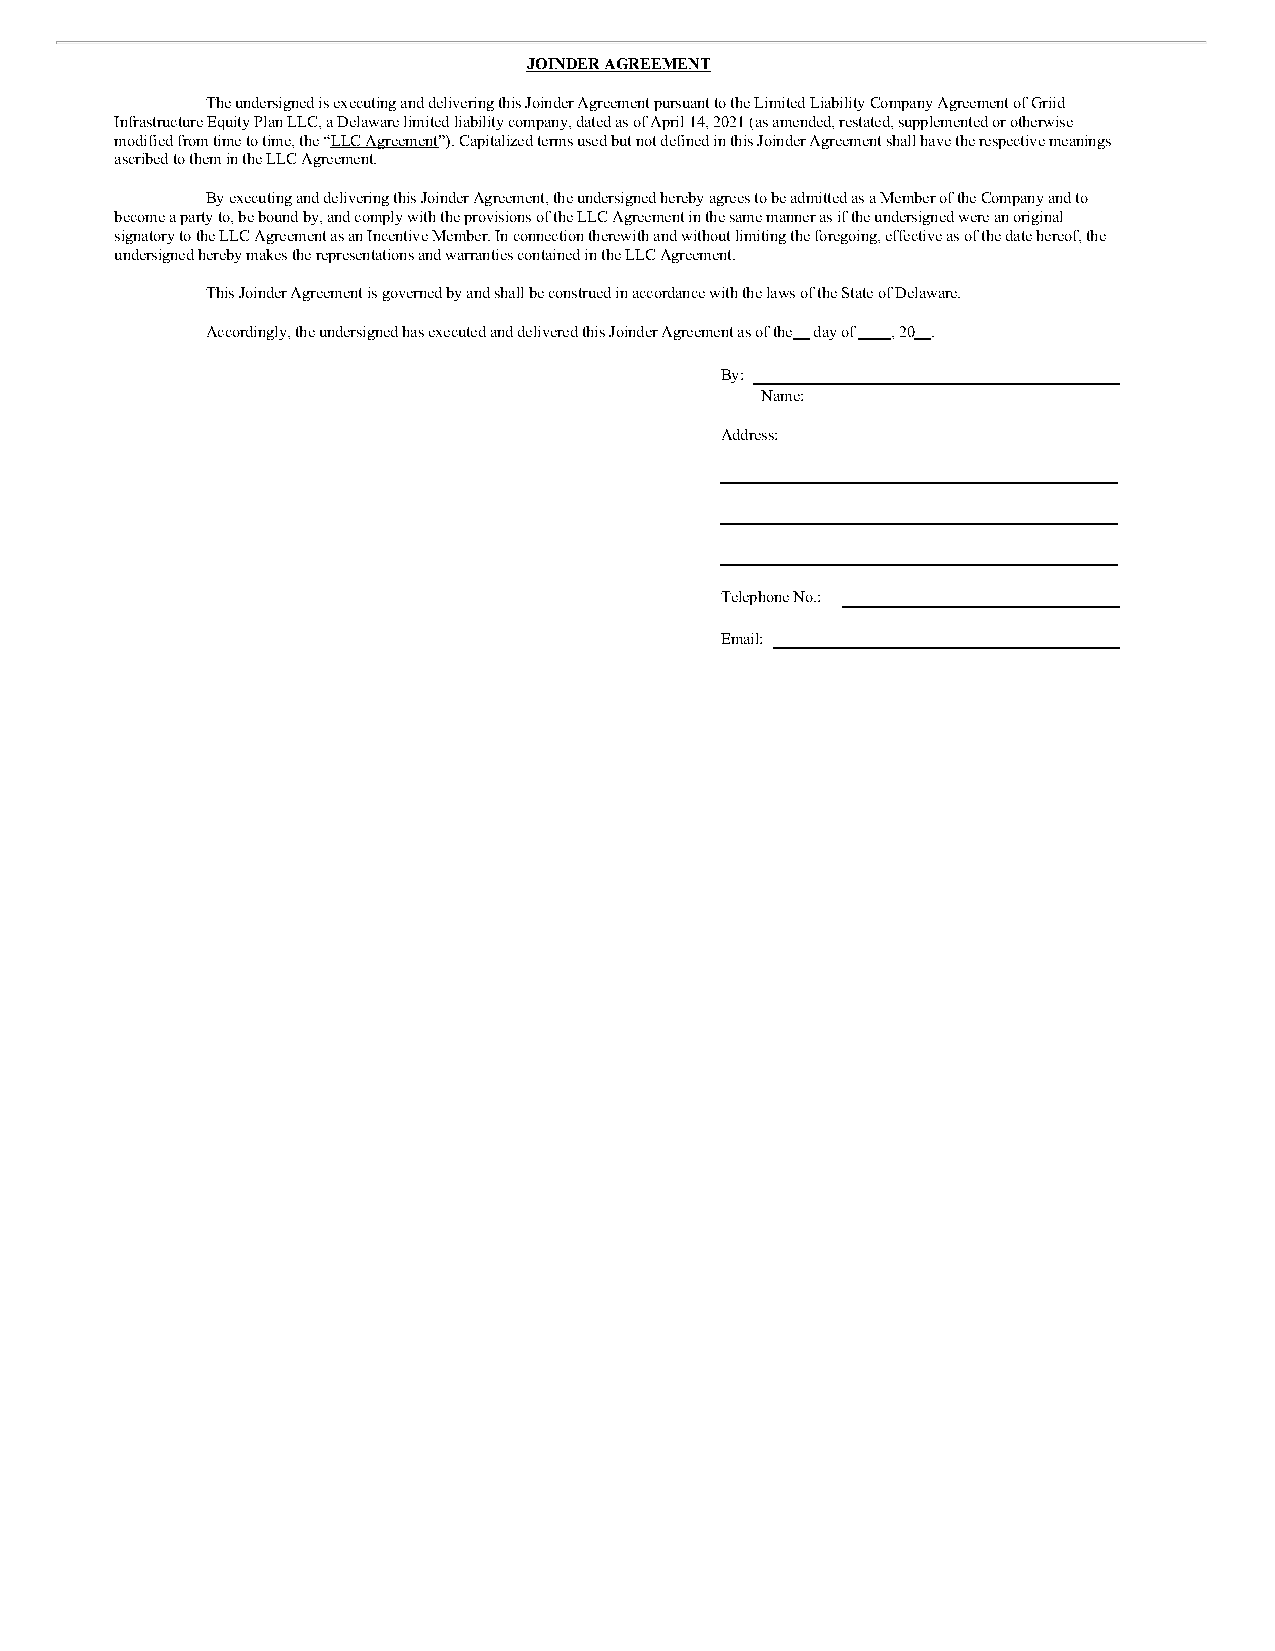
JOINDER AGREEMENT
 The undersigned is executing and delivering this Joinder Agreement pursuant to the Limited Liability Company Agreement of Griid
 Infrastructure Equity Plan LLC, a Delaware limited liability company, dated as of April 14, 2021 (as amended, restated, supplemented or otherwise
 modified from time to time, the “LLC Agreement”). Capitalized terms used but not defined in this Joinder Agreement shall have the respective meanings
 ascribed to them in the LLC Agreement.
 By executing and delivering this Joinder Agreement, the undersigned hereby agrees to be admitted as a Member of the Company and to
 become a party to, be bound by, and comply with the provisions of the LLC Agreement in the same manner as if the undersigned were an original
 signatory to the LLC Agreement as an Incentive Member. In connection therewith and without limiting the foregoing, effective as of the date hereof, the
 undersigned hereby makes the representations and warranties contained in the LLC Agreement.
 This Joinder Agreement is governed by and shall be construed in accordance with the laws of the State of Delaware.
 Accordingly, the undersigned has executed and delivered this Joinder Agreement as of the day of , 20 .
 By:
 Name:
 Address:
 Telephone No.:
 Email: